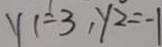
y 1 = 3 , y _ { 2 } = - 1